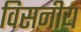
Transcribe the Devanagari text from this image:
विसनीय